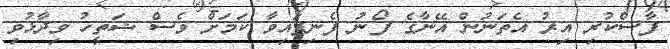
ފާސްކުރި އިރު އެތަނުން އޭނާގެ ފޯނު ފެނިފައިވާ ކަމަށް ވެސް ޝަތީހު ވިދާޅުވި